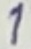
Text: 1